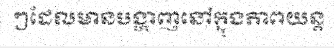
ៗដែលមានបង្ហាញនៅក្នុងភាពយន្ត